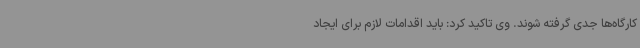
کارگاه‌ها جدی گرفته شوند. وی تاکید کرد: باید اقدامات لازم برای ایجاد